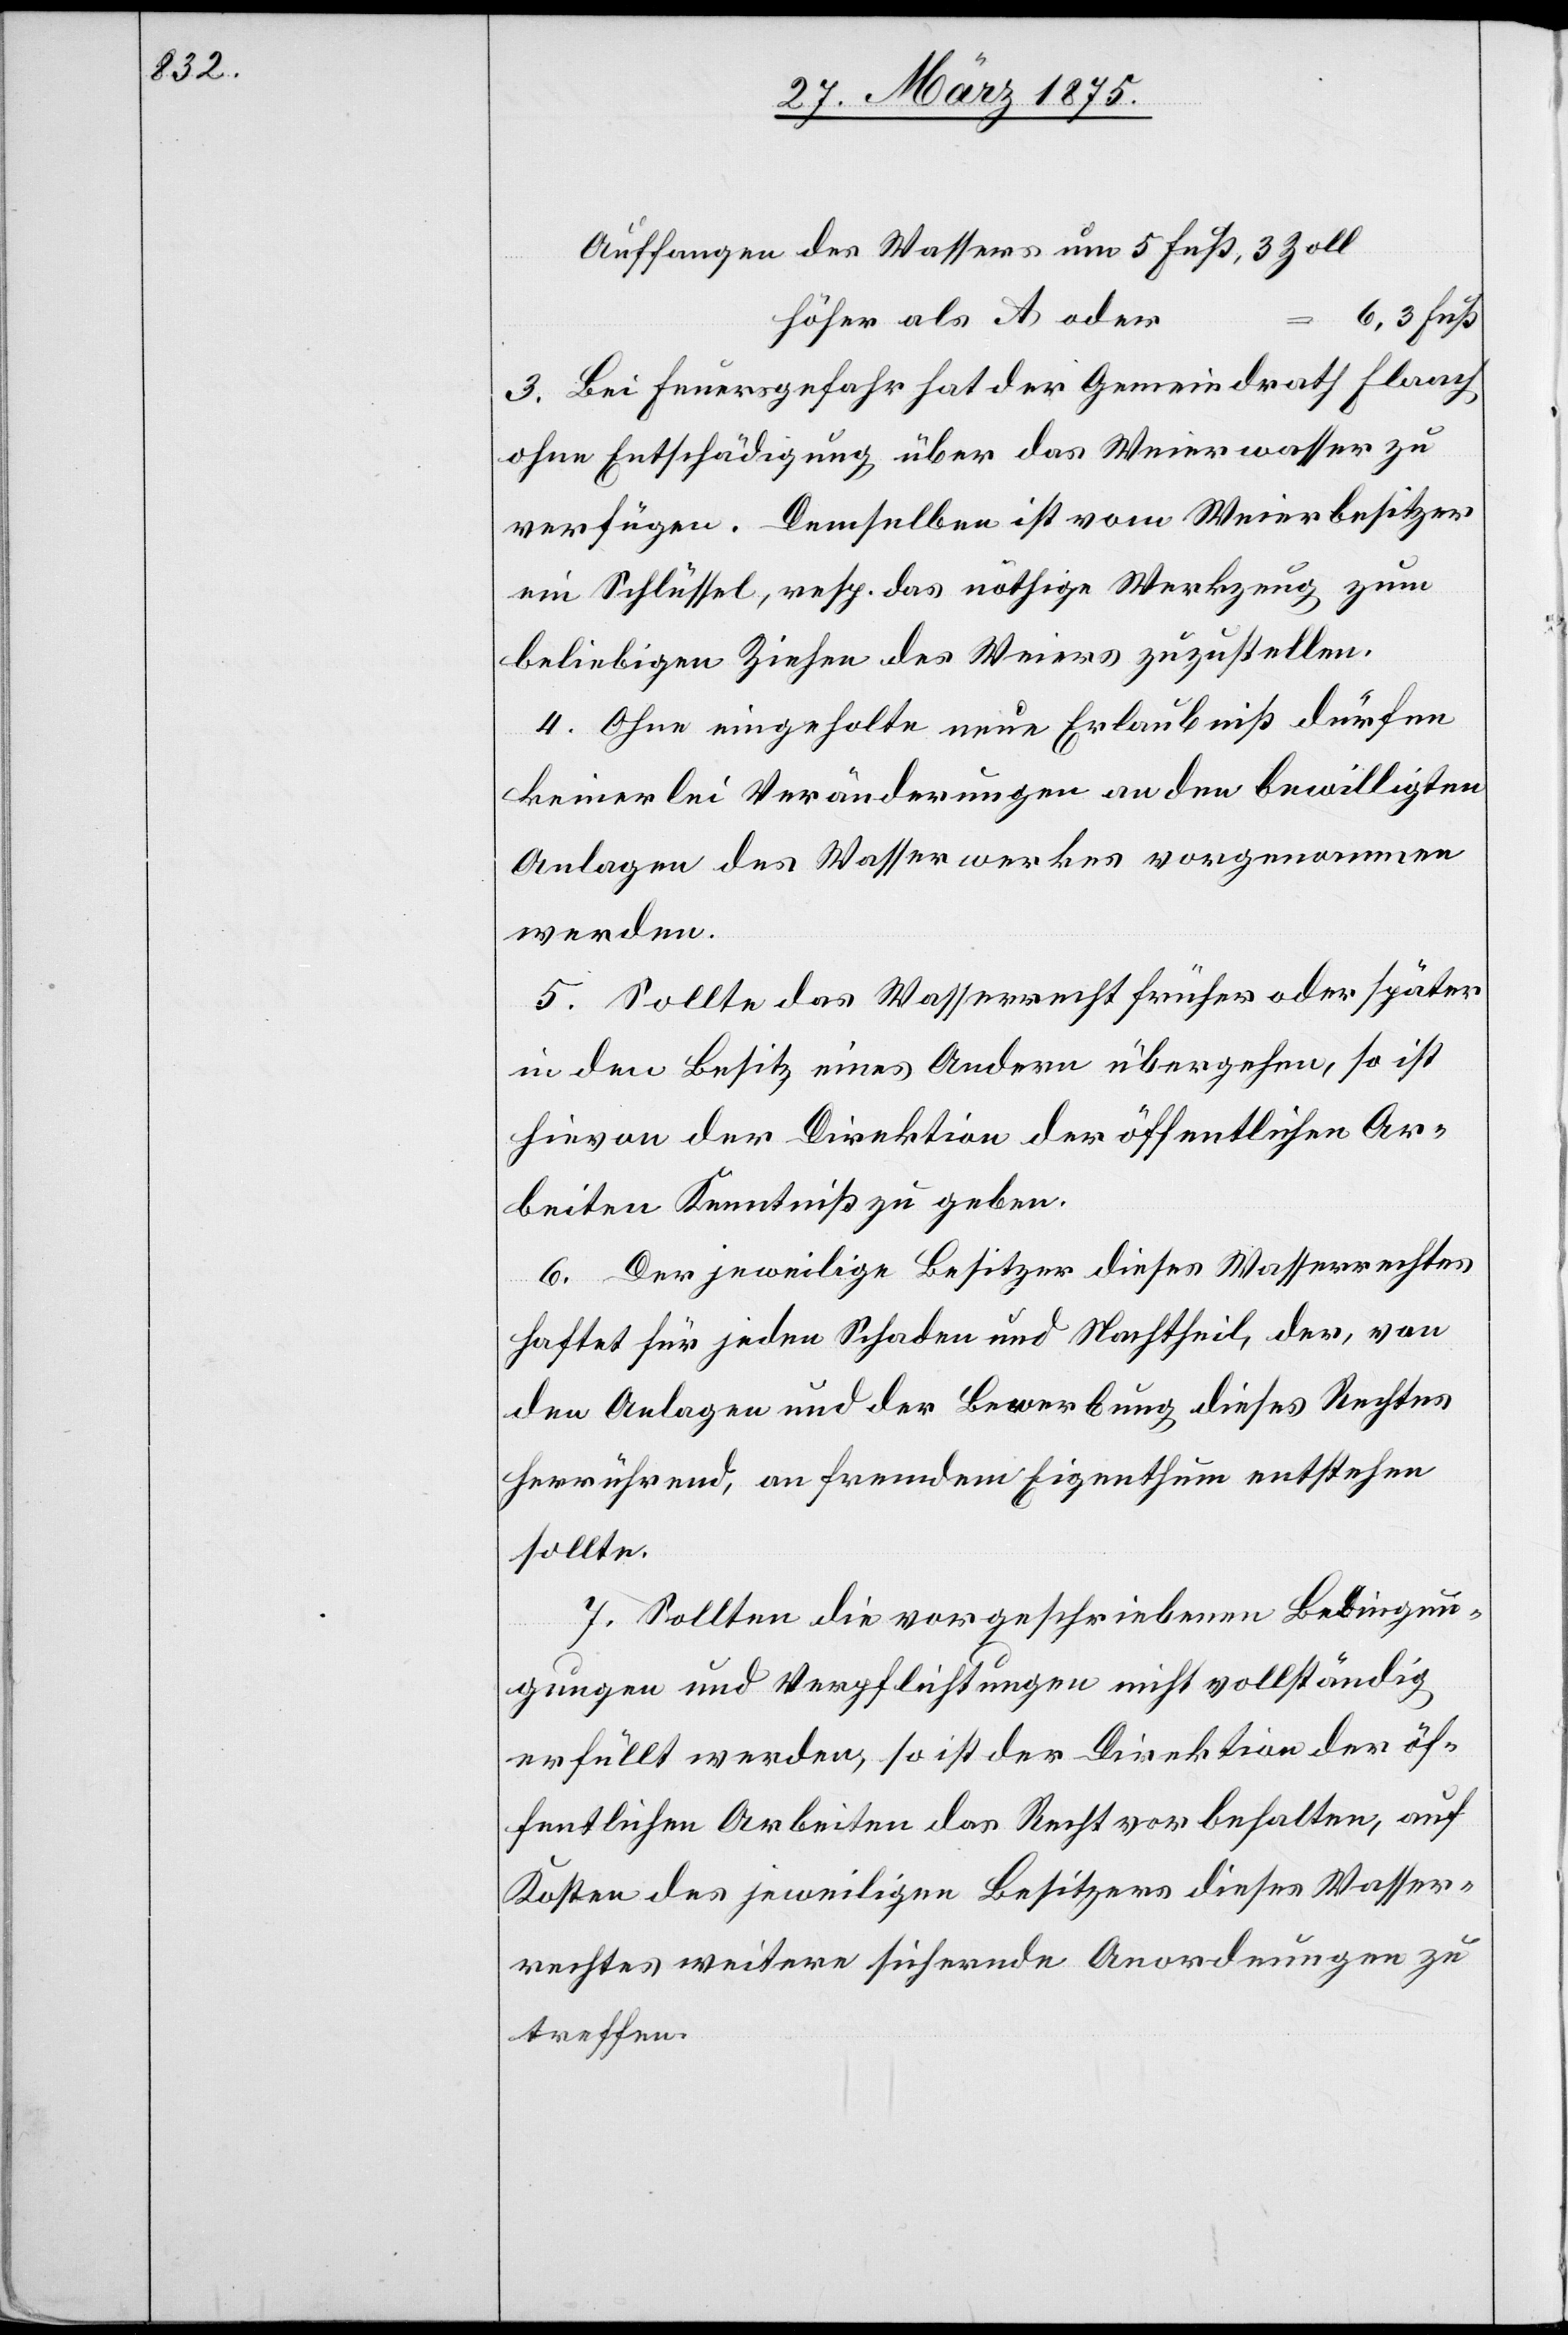
Auffangen des Wassers um 5 Fuß, 3 Zoll
höher als A oder
6,3
3. Bei Feuergefahr hat der Gemeindrath Flaach
ohne Entschädigung über das Weierwasser zu
verfügen. Demselben ist vom Weierbesitzer
ein Schlüssel, resp. das nöthige Werkzeug, zum
beliebigen Ziehen des Weiers zuzustellen.
4. Ohne eingeholte neue Erlaubniß dürfen
keinerlei Veränderungen an den bewilligten
Anlagen des Wasserwerkes vorgenommen
werden.
5. Sollte das Wasserrecht früher oder später
in den Besitz eines Andern übergehen, so ist
hievon der Direktion der öffentlichen Ar¬
beiten Kenntniß zu geben.
6. Der jeweilige Besitzer dieses Wasserrechtes
haftet für jeden Schaden und Nachtheil, der, von
den Anlagen und der Bewerbung dieses Rechtes
herrührend, an fremdem Eigenthum entstehen
sollte.
7. Sollten die vorgeschriebenen Bedin¬
gungen und Verpflichtungen nicht vollständig
erfüllt werden, so ist der Direktion der öf¬
fentlichen Arbeiten das Recht vorbehalten, auf
Kosten des jeweiligen Besitzers dieses Wasser¬
rechtes weitere sichernde Anordnungen zu
treffen.